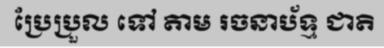
ប្រែប្រួល ទៅ តាម រចនាប័ទ្ម ជាតិ